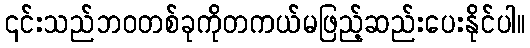
၎င်းသည်ဘဝတစ်ခုကိုတကယ်မဖြည့်ဆည်းပေးနိုင်ပါ။